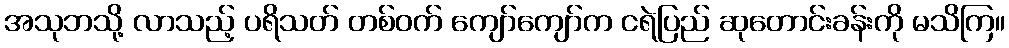
အသုဘသို့ လာသည့် ပရိသတ် တစ်ဝက် ကျော်ကျော်က ငရဲပြည် ဆုတောင်းခန်းကို မသိကြ။